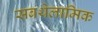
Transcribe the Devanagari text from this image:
सबथेलामिक